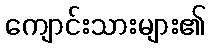
ကျောင်းသားများ၏